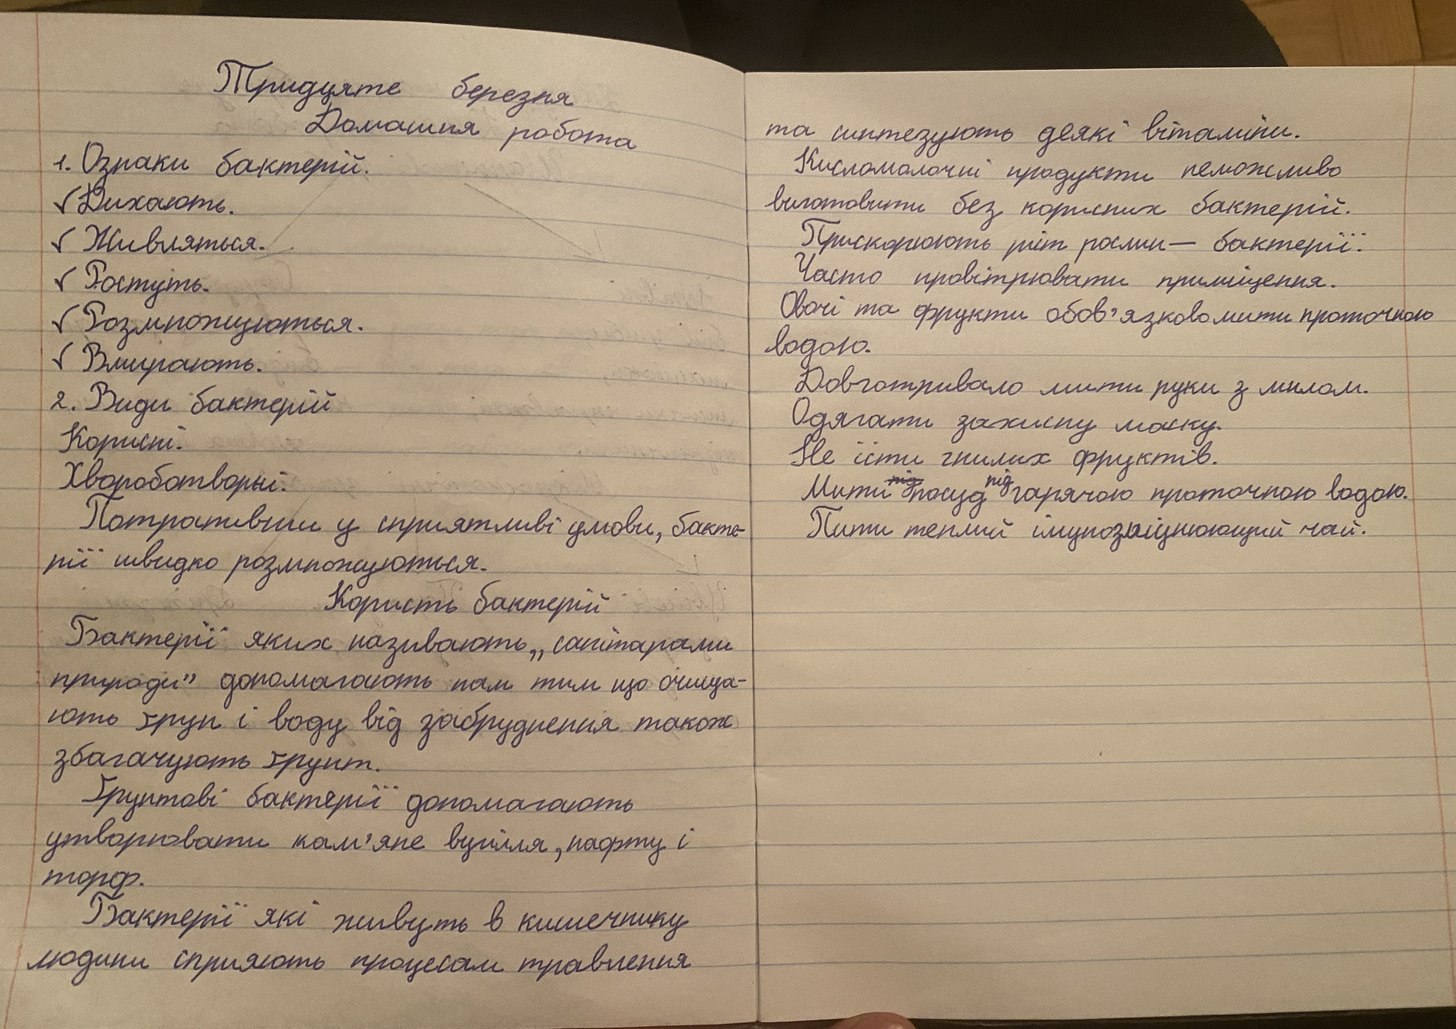
Тридцяте березня
Домашня робота
та синтезують деякі вітаміни.
1. Ознаки бактерій.
Кисломолочні продукти неможливо
виготовити без корисних бактерій.
Дихають.
Живляться.
Прискорюють ріст рослин - бактерії.
Часто провітрювати приміщення.
Ростуть.
Овочі та фрукти обов'язково мити проточною
Розмножуються.
водою.
Вмирають.
Довготривало мити руки з милом.
2. Види бактерій
Одягати захисну маску.
Корисні.
Не їсти гнилих фруктів.
Хвороботворні.
Мити посуд гарячою проточною водою.
Потрапивши у сприятливі умови, бакте-
Пити теплий імунозміцнюющий чай.
рії швидко розмножуються.
Користь бактерій
Бактерії яких називають „санітарами
природи" допомагають нам тим що очища-
ють ґрунт і воду від забруднення також
збагачують ґрунт.
Ґрунтові бактерії допомагають
утворювати кам'яне вугілля, нафту і
торф.
Бактерії які живуть в кишечнику
людини сприяють процесам травлення